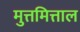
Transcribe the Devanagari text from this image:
मुत्तमित्ताल